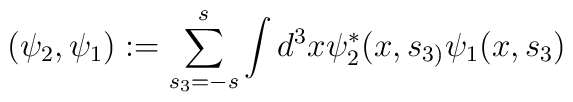
(\psi _{2},\psi _{1}):=\sum_{s_{3}=-s}^{s}\int d^{3}x\psi_{2}^{*}(x,s_{3)}\psi _{1}(x,s_{3})